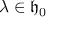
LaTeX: \lambda \in { \mathfrak { h } } _ { 0 }